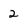
Character: 2